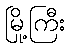
မြို့ကြီး